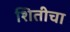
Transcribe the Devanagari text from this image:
शितीचा